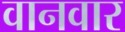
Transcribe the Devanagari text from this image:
वानवार